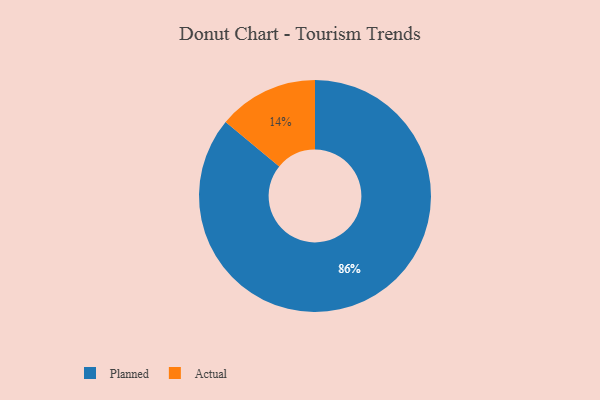
{"axis": {"x": "Category", "y": "Percentage"}, "legend": ["Actual", "Planned"], "data": [{"x": "Actual", "y": 14, "type": "Actual"}, {"x": "Planned", "y": 86, "type": "Planned"}]}